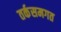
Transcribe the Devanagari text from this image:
तर्कसमगत